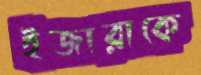
ইজারাকে